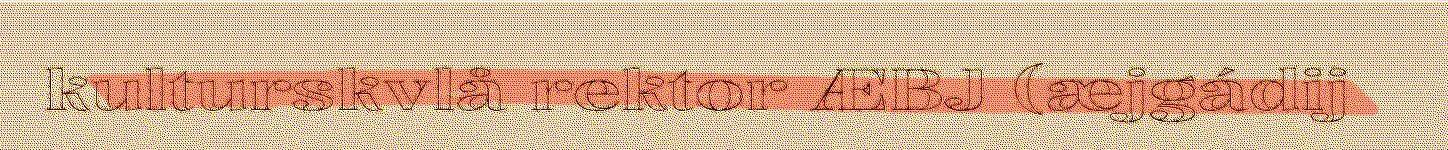
kulturskvlå rektor ÆBJ (æjgádij